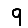
Digit: 9